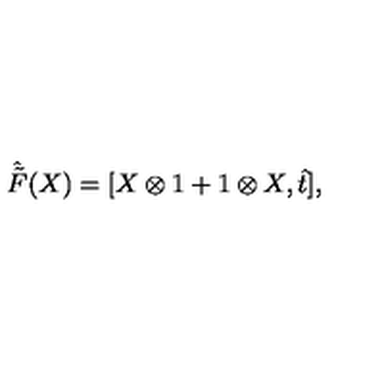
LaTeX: \hat { \tilde { F } } ( X ) = [ X \otimes 1 + 1 \otimes X , \hat { t } ] ,